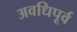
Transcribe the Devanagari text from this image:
अवधिपूर्व